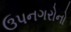
ઉપનગરોનો